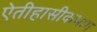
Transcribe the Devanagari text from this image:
ऐतीहासीकभाग